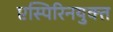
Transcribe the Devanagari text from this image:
एस्पिरिनयुक्त